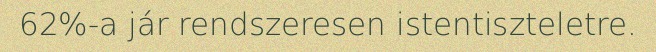
62%-a jár rendszeresen istentiszteletre.